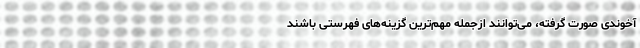
آخوندی صورت گرفته، می‌توانند ازجمله مهم‌ترین گزینه‌های فهرستی باشند